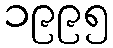
၁၉၉၅